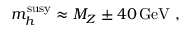
m _ { h } ^ { \mathrm { s u s y } } \approx M _ { Z } \pm 4 0 \, \mathrm { G e V } \ ,